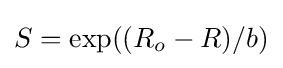
S=\exp((R_{o}-R)/b)